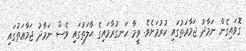
ގޮވައިގެން ނަމާދު ޖަމާޢަތުގައި ކުރުމަށެވެ. ވީމާ ހަނގުރާމައިގެ ޙާލަތުގައި ވެސް ނަމާދު ޖަމާޢަތުގައި